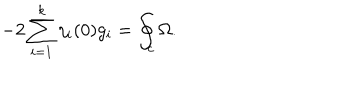
- 2 \sum _ { i = 1 } ^ { k } \eta _ { i } ( 0 ) g _ { i } = \oint _ { c } \Omega .